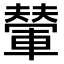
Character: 𫏼